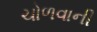
ચોળવાની